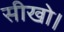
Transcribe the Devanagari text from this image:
सीखो।